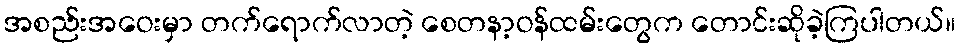
အစည်းအဝေးမှာ တက်ရောက်လာတဲ့ စေတနာ့ဝန်ထမ်းတွေက တောင်းဆိုခဲ့ကြပါတယ်။